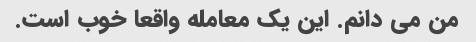
من می دانم. این یک معامله واقعا خوب است.